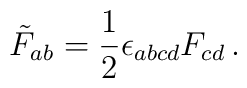
\tilde{F}_{ab} = \frac{1}{2} \epsilon_{abcd} F_{cd} \, .